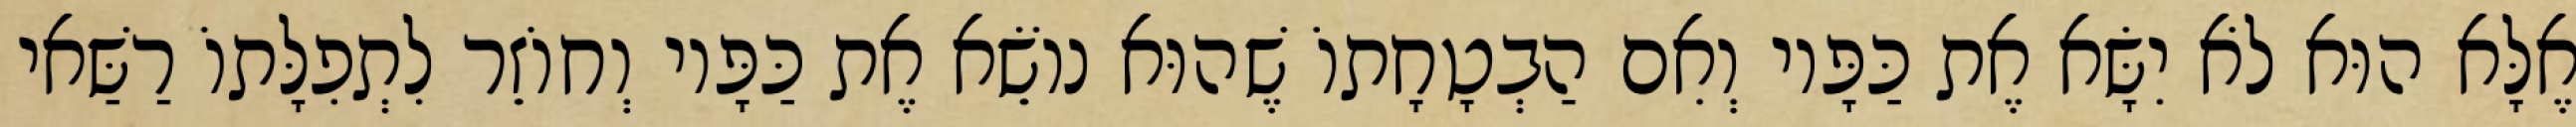
אֶלָּא הוּא לֹא יִשָּׂא אֶת כַּפָּיו וְאִם הַבְטָחָתוֹ שֶׁהוּא נוֹשֵׂא אֶת כַּפָּיו וְחוֹזֵר לִתְפִלָּתוֹ רַשַּׁאי